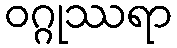
ဝဂ္ဂုဿရာ